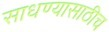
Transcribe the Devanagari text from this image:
साधण्यासाठीच